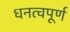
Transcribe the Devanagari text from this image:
धनत्वपूर्ण